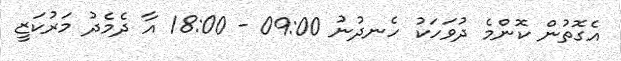
އެގޮތުން ކޮންމެ ދުވަހަކު ހެނދުނު 09:00 - 18:00 އާ ދެމެދު މަރުކަޒީ